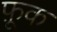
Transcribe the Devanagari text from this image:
फ़ूक